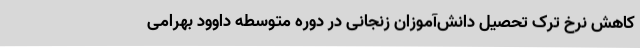
کاهش نرخ ترک‌ تحصیل دانش‌آموزان زنجانی در دوره متوسطه داوود بهرامی